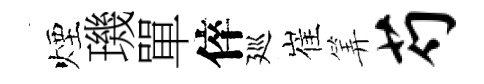
煙璣單倅廵崔筭芍